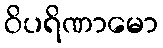
ဝိပရိဏာမော